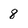
Character: 8